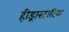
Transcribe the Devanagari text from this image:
हीड्रास्टाटिक